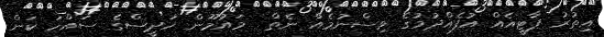
އިތުރު ޕާޓީއެއް އުފެއްދުމުގެ ވިސްނުމެއް ނެތް  މައުމޫން ހަދީސްގެ ސައްހަ ކަން